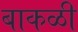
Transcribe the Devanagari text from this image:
बाकळी